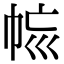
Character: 𢂩